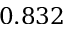
0 . 8 3 2